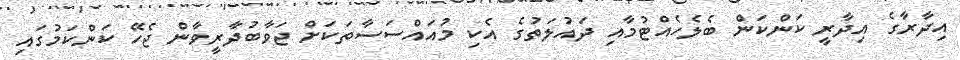
އިދާރާގެ އިދާރީ ކަންކަން ބެލެހެއްޓުމާއި ދައުލަތުގެ އެކި މުއައްސަސާތަކަށް ޖަވާބުދާރީވާން ޖެހޭ ކަންކަމުގައި